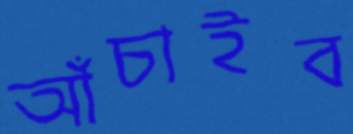
আঁচাইব